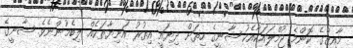
މާއިޒްގެ ކޮންމެ ޖުމްލައަކާއެކު ޝާނީގެ ހިތަށް ދިޔައީ އިތުރު އަނިޔާތަކެއް ލިބެމުންނެވެ. ޝާނީގެ